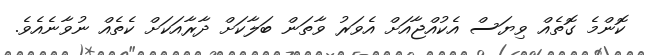
ކޮންމެ ގޮތެއް ވިޔަސް އެކުއްޖާއަށް އެވަރު ވާތަން ބަލާކަށް ދާރާއަކަށް ކެތެއް ނުވާނެއެވެ.